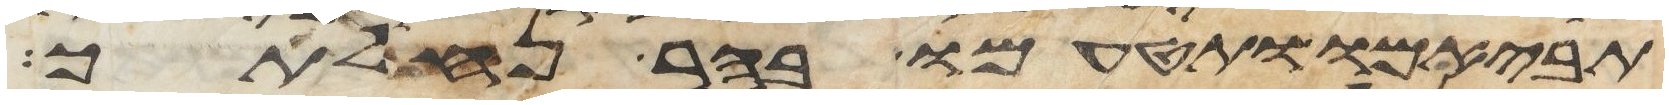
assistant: תביאמו ותטעמו בהר נחלתך